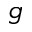
\mathfrak { g }